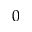
0